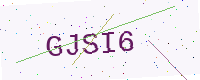
Text: GJSI6